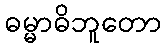
ဓမ္မာဓိဘူတော